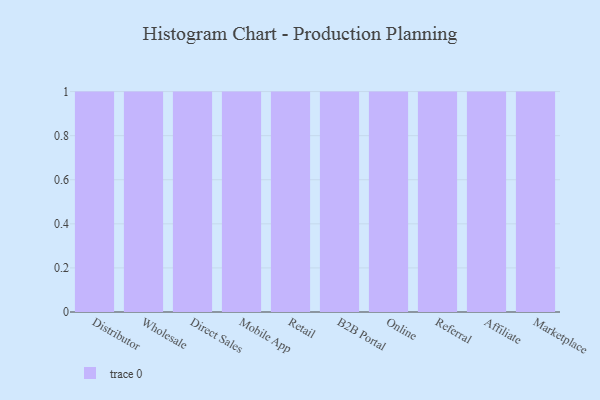
{"axis": {"x": "Channel", "y": "Budget (USD K)"}, "legend": [""], "data": [{"x": "Distributor", "y": 31, "type": ""}, {"x": "Wholesale", "y": 51, "type": ""}, {"x": "Direct Sales", "y": 81, "type": ""}, {"x": "Mobile App", "y": 33, "type": ""}, {"x": "Retail", "y": 22, "type": ""}, {"x": "B2B Portal", "y": 36, "type": ""}, {"x": "Online", "y": 65, "type": ""}, {"x": "Referral", "y": 68, "type": ""}, {"x": "Affiliate", "y": 35, "type": ""}, {"x": "Marketplace", "y": 22, "type": ""}]}